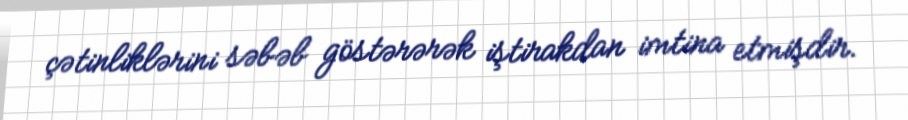
çətinliklərini səbəb göstərərək iştirakdan imtina etmişdir.